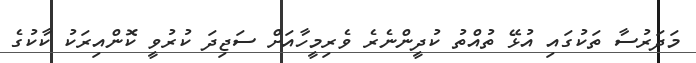
މަދަރުސާ ތަކުގައި އުޅޭ ތުއްތު ކުދީންނެރެ ވެރިމީހާއަށް ސަޖިދަ ކުރުވީ ކޮންއިރަކު ކާކުގެ